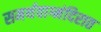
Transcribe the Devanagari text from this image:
समर्थवाग्मंदिरात